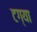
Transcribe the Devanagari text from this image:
टग्या